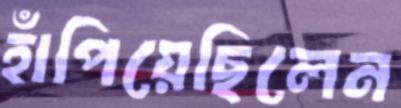
হাঁপিয়েছিলেন